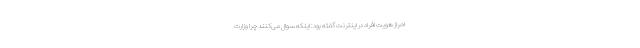
احراز هویت افراد در اینترنت گفته بود: اینکه سوال می‌کنند چرا وزارت